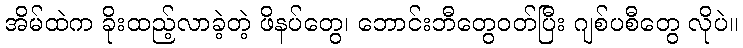
အိမ်ထဲက ခိုးထည့်လာခဲ့တဲ့ ဖိနပ်တွေ၊ ဘောင်းဘီတွေဝတ်ပြီး ဂျစ်ပစီတွေ လိုပဲ။